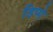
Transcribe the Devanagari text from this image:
डिप्पे